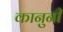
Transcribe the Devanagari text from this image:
कानुनी